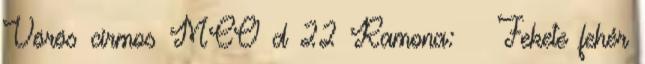
Vörös cirmos MCO d 22 Ramona: ♀ Fekete fehér